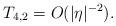
LaTeX: \begin{align*}T_{4,2}=O(|\eta|^{-2}).\end{align*}